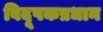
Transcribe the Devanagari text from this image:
विदूषकप्रधान